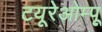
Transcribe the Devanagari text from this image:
टयूरेओम्पू